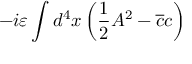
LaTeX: - i \varepsilon \int d ^ { 4 } x \left( \frac { 1 } { 2 } A ^ { 2 } - \overline { { { c } } } c \right)